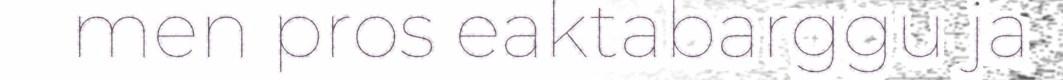
men pros eaktabarggu ja